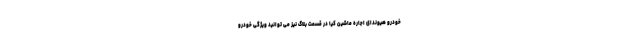
خودرو هیوندای اجاره ماشین کیا در قسمت بلاگ نیز می توانید ویژگی خودرو